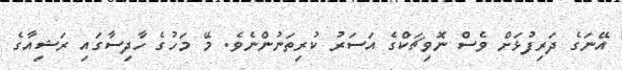
އޭނަގެ ދަރިފުޅަށް ވެސް ނޮވިޗަކްގެ އަސަރު ކުރިތަނުންނެވެ. މޭ މަހުގެ ހާދިސާގައި ރަޝިއާގެ